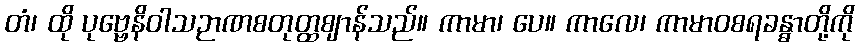
တံ၊ ထို ပုဗ္ဗေနိဝါသဉာဏစတုတ္ထဈာန်သည်။ ကာမာ၊ ပေ။ ကာလေ၊ ကာမာဝစရခန္ဓာတို့ကို